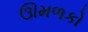
ઊમળકો